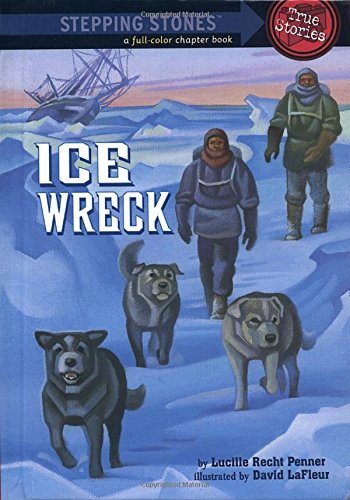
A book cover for Ice Wreck (A Stepping Stone Book); Lucille Recht Penner; Travel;